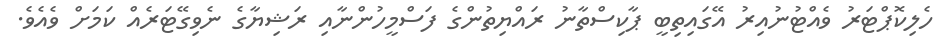
ހެލިކޮޕްޓަރު ވެއްޓުނުއިރު އޭގައިތިބީ ޕާކިސްތާނު ރައްޔިތުންގެ ފަސްމީހުންނާއި ރަޝިޔާގެ ނެވިގޭޓަރެއް ކަމަށް ވެއެވެ.